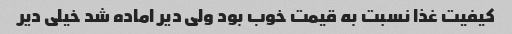
کیفیت غذا نسبت به قیمت خوب بود ولی دیر اماده شد خیلی دیر